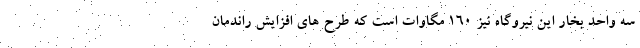
سه واحد بخار این نیروگاه نیز ۱۶۰ مگاوات است که طرح های افزایش راندمان